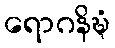
ရောဂနိဍ္ဎံ